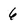
Character: 6